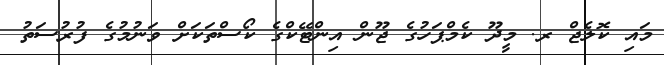
މައި ކޮލެޖް ރ. މީދޫ ކެމްޕަހުގެ ޖޫން އިންޓޭކްގެ ކޯސްތަކަށް ވަނުމުގެ ފުރުސަތު